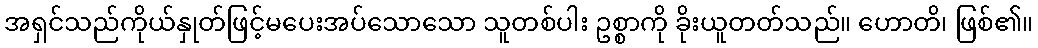
အရှင်သည်ကိုယ်နှုတ်ဖြင့်မပေးအပ်သောသော သူတစ်ပါး ဥစ္စာကို ခိုးယူတတ်သည်။ ဟောတိ၊ ဖြစ်၏။